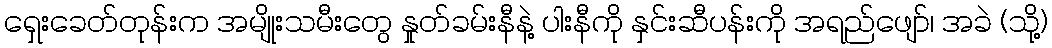
ရှေးခေတ်တုန်းက အမျိုးသမီးတွေ နှုတ်ခမ်းနီနဲ့ ပါးနီကို နှင်းဆီပန်းကို အရည်ဖျော်၊ အခဲ (သို့)